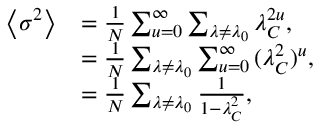
\begin{array} { r l } { \left\langle \sigma ^ { 2 } \right\rangle } & { = \frac { 1 } { N } \sum _ { u = 0 } ^ { \infty } \sum _ { \lambda \neq \lambda _ { 0 } } { \lambda _ { C } ^ { 2 u } } , } \\ & { = \frac { 1 } { N } \sum _ { \lambda \neq \lambda _ { 0 } } \sum _ { u = 0 } ^ { \infty } { ( \lambda _ { C } ^ { 2 } ) ^ { u } } , } \\ & { = \frac { 1 } { N } \sum _ { \lambda \neq \lambda _ { 0 } } \frac { 1 } { 1 - \lambda _ { C } ^ { 2 } } , } \end{array}